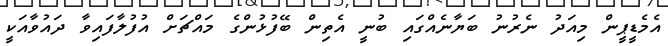
އެމެޑީޕީން މިއަދު ނެރުނު ބަޔާނެއްގައި ބުނީ އެތިން ބޭފުޅުންގެ މައްޗަށް އުފުލާފައިވާ ދައުވާއަކީ